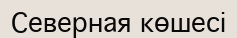
Северная көшесі